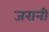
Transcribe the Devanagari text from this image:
जरानी